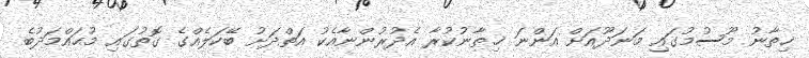
ޚިތާނު މޫސުމުގައި މަނަދޫއަށް އަންނަ ޚިތާނުކުރާ އެދުރުންނާއެކު އަތްދަށު ބޭކަލެއްގެ ގޮތުގައި މުޙައްމަދުބެ